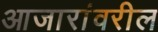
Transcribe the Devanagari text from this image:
आजारांवरील